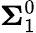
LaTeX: {\boldsymbol{\Sigma}}_{1}^{0}